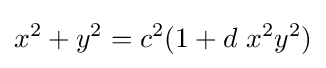
x^{2}+y^{2}=c^{2}(1+d\ x^{2}y^{2})